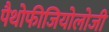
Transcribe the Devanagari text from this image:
पैथोफीजियोलोजी